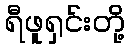
ရီဖူရှင်းတို့